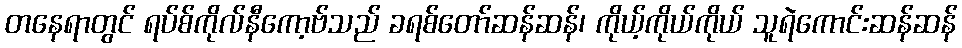
တနေရာတွင် ရပ်စ်ကိုလ်နီကော့ဗ်သည် ခရစ်တော်ဆန်ဆန်၊ ကိုယ့်ကိုယ်ကိုယ် သူရဲကောင်းဆန်ဆန်